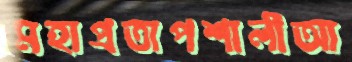
মহাপ্রতাপশালীআ